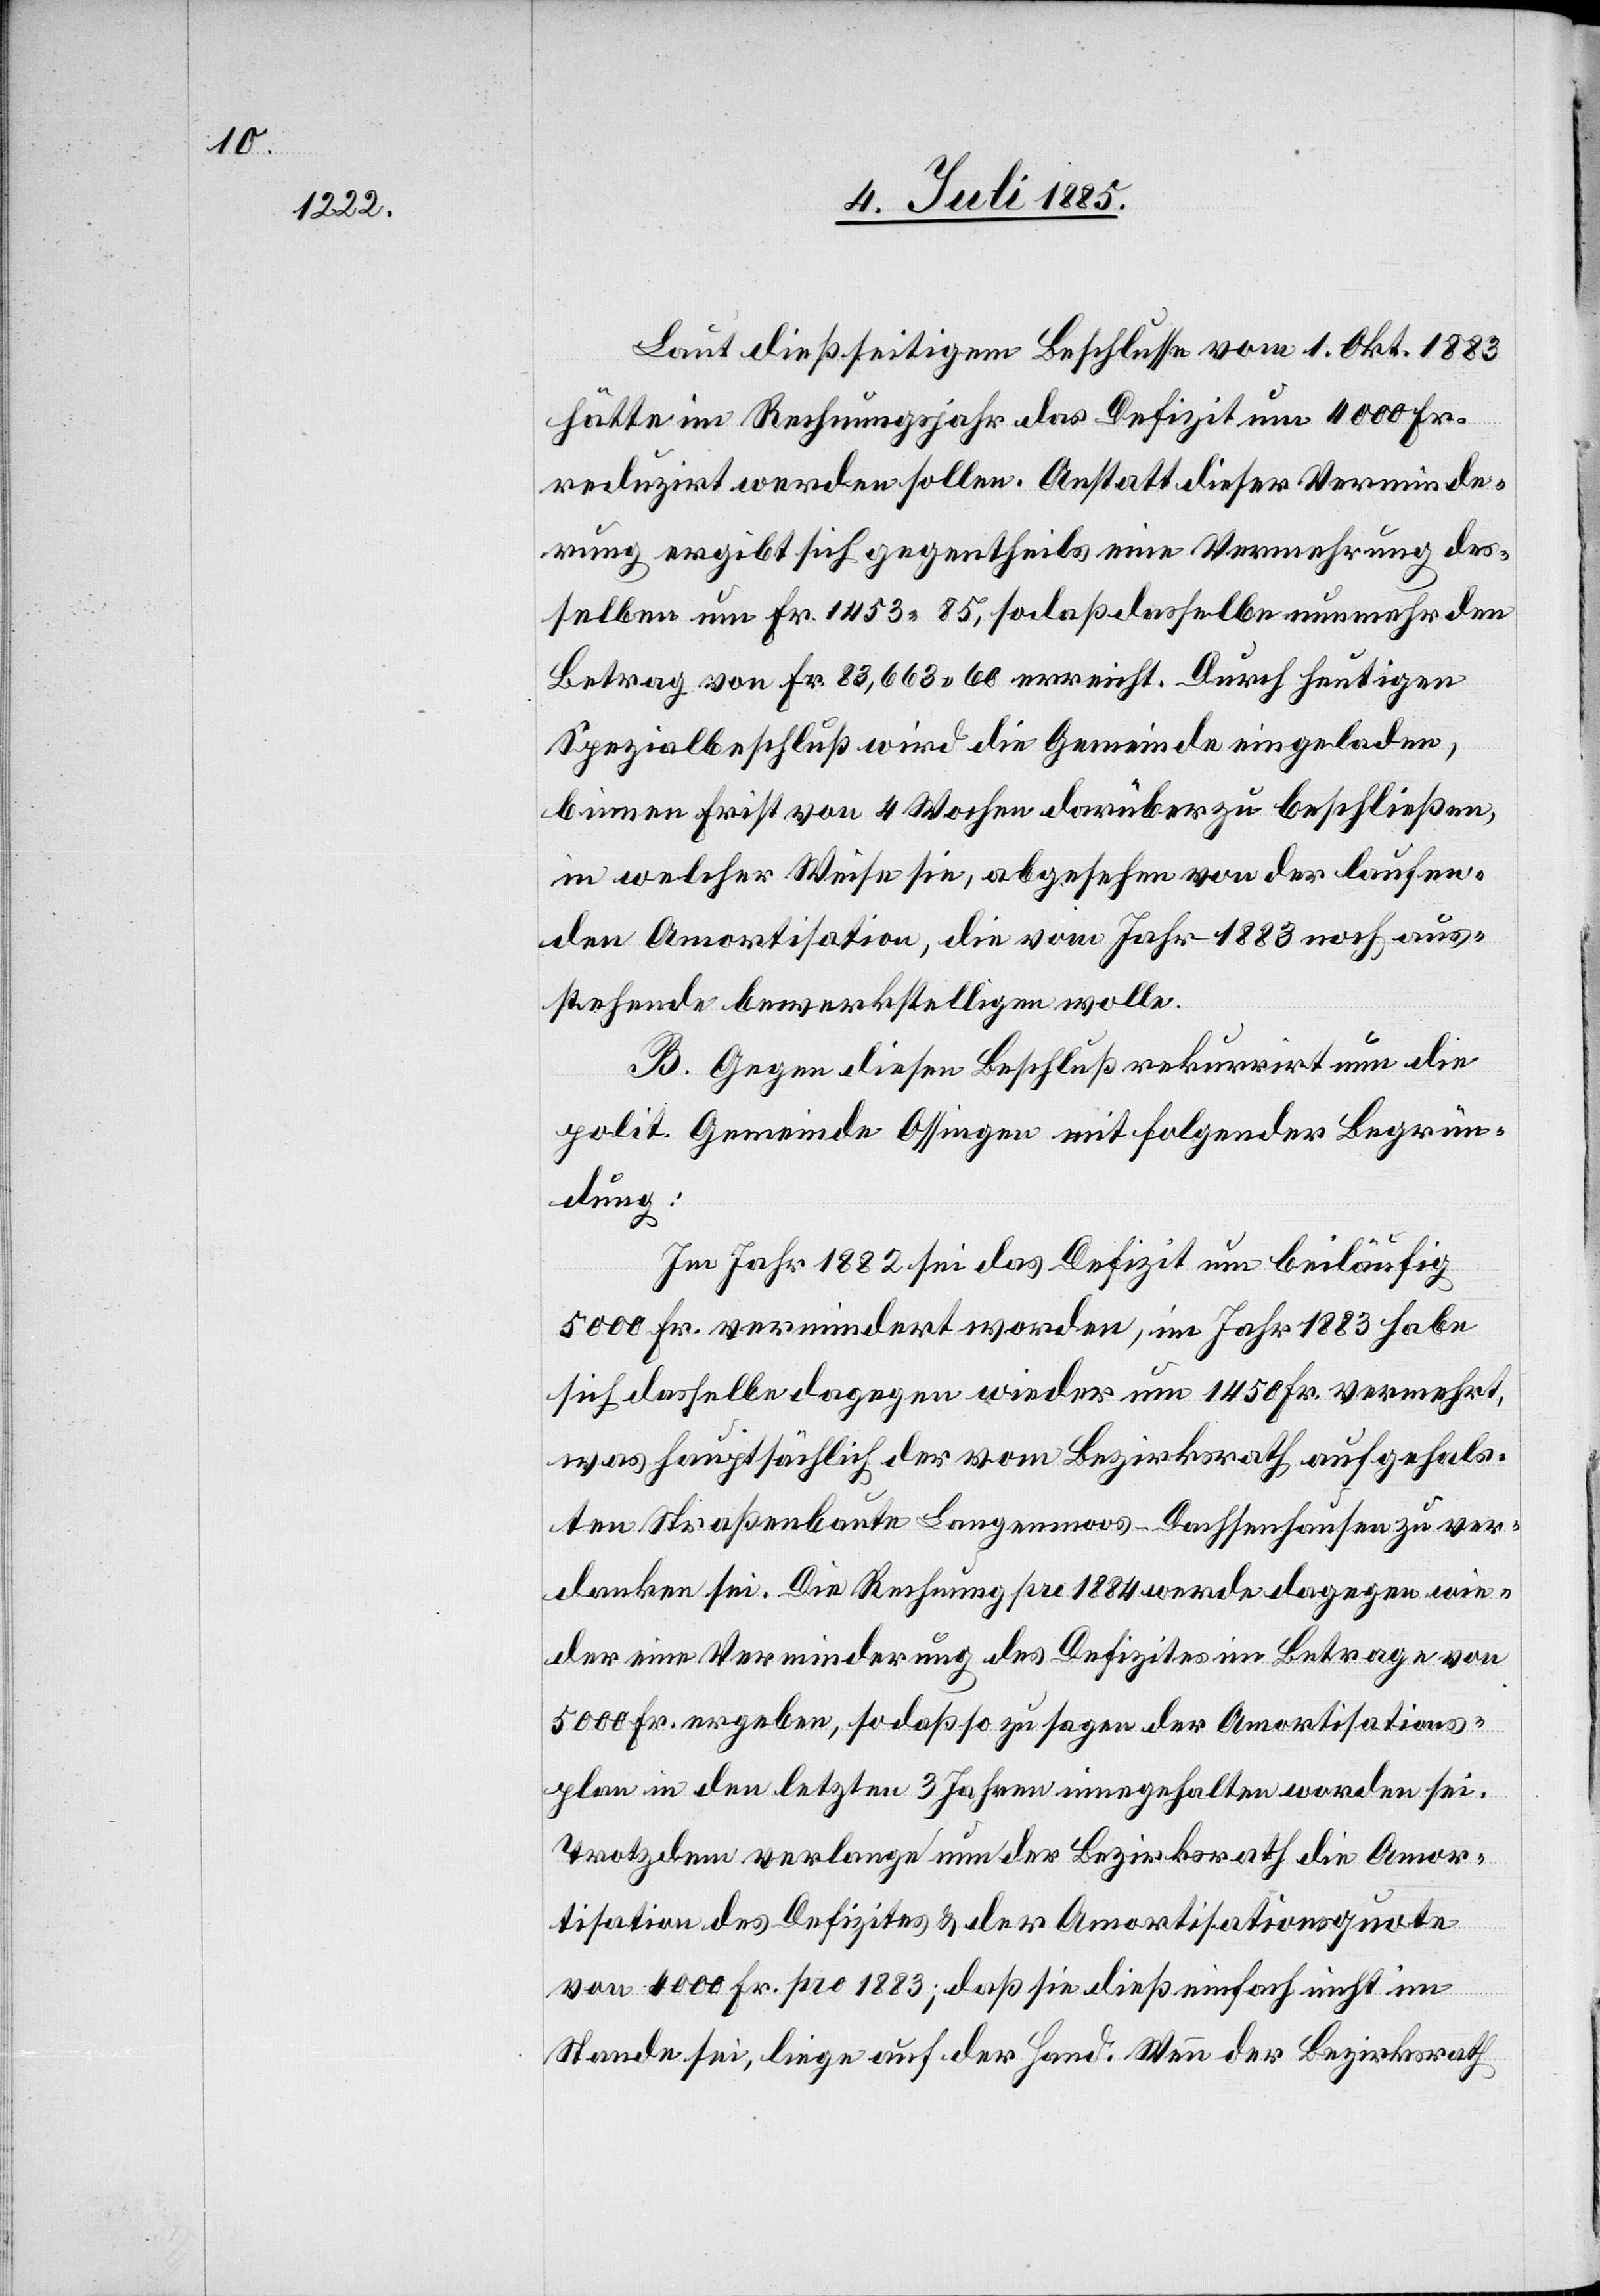
Laut dießseitigem Beschlusse vom 1. Okt. 1883
hätte im Rechnungsjahr das Defizit um 4000 Fr.
reduzirt werden sollen. Anstatt dieser Verminde¬
rung ergibt sich gegentheils eine Vermehrung des¬
selben um Fr. 1453 85, sodaß dasselbe nunmehr den
Betrag von Fr. 83,663 60 erreicht. Durch heutigen
Spezialbeschluß wird die Gemeinde eingeladen,
binnen Frist von 4 Wochen darüber zu beschließen,
in welcher Weise sie, abgesehen von der laufen¬
den Amortisation, die vom Jahr 1883 noch aus¬
stehende bewerkstelligen wolle.
B. Gegen diesen Beschluß rekurrirt nun die
polit. Gemeinde Ossingen mit folgender Begrün¬
dung:
Im Jahr 1882 sei das Defizit um beiläufig
5000 Fr. vermindert worden, im Jahr 1883 habe
sich dasselbe dagegen wieder um 1450 Fr. vermehrt,
was hauptsächlich der vom Bezirksrath aufgehals¬
ten Straßenbaute Langenmoos–Dachsenhausen zu ver¬
danken sei. Die Rechnung pro 1884 werde dagegen wie¬
der eine Verminderung des Defizites im Betrage von
5000 Fr. ergeben, so daß so zu sagen der Amortisations¬
plan in den letzten 3 Jahren eingehalten worden sie.
Trotzdem verlange nun der Bezirksrath die Amor¬
tisation des Defizites & der Amortisationsquote
von 4000 Fr. pro 1883; daß sie dieß einfach nicht im
Stande sei, liege auf der Hand. Wenn der Bezirksrath